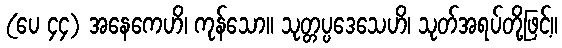
(ပေ ၄၄) အနေကေဟိ၊ ကုန်သော။ သုတ္တပ္ပဒေသေဟိ၊ သုတ်အရပ်တို့ဖြင့်။